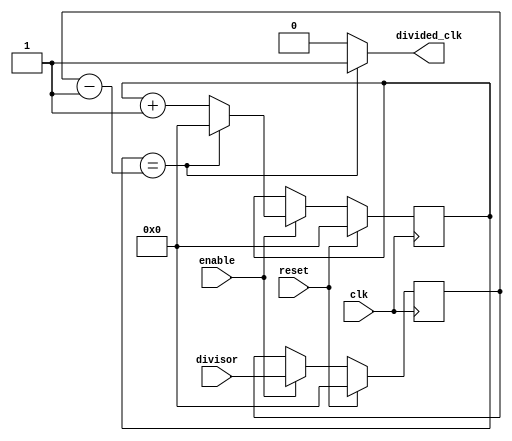
module floating_point_clock_divider (
    input wire clk,
    input wire reset,
    input wire enable,
    input wire [31:0] divisor,
    output wire divided_clk
);

reg [31:0] count_reg;
reg [31:0] divisor_reg;

reg [31:0] count_next;
reg [31:0] divisor_next;

always @ (posedge clk) begin
    if (reset) begin
        count_reg <= 0;
        divisor_reg <= 0;
    end else if (enable) begin
        count_reg <= count_next;
        divisor_reg <= divisor_next;
    end
end

assign count_next = (count_reg == divisor_reg - 1) ? 0 : count_reg + 1;
assign divisor_next = divisor;

assign divided_clk = (count_reg == divisor_reg - 1) ? 1'b1 : 1'b0;

endmodule